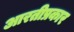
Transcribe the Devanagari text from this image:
आरतीप्रकार